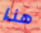
هذا